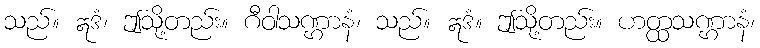
သည်။ ဣဒံ၊ ဤသို့တည်း။ ဂီဝါသဏ္ဌာနံ၊ သည်။ ဣဒံ။ ဤသို့တည်း။ ဟတ္ထသဏ္ဌာနံ၊